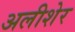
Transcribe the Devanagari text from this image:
अलीशेर